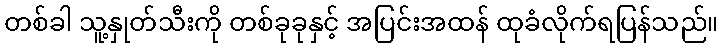
တစ်ခါ သူ့နှုတ်သီးကို တစ်ခုခုနှင့် အပြင်းအထန် ထုခံလိုက်ရပြန်သည်။